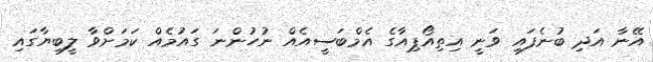
އޭނާ އަދި ބުނެފައި ވަނީ އިތިއޯޕިއާގެ އެމްބަސީއެއް ނުހުންނަ ގައުމެއް ކަމަށްވާ ލީބިޔާގައި